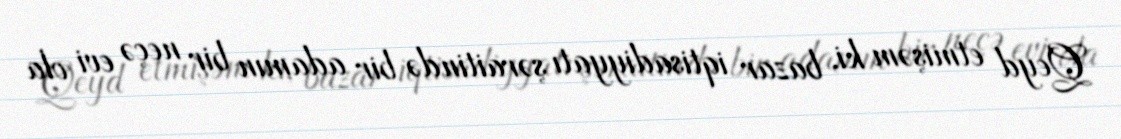
Qeyd etmişəm ki, bazar iqtisadiyyatı şəraitində bir adamın bir neçə evi ola